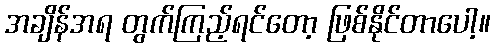
အချိန်အရ တွက်ကြည့်ရင်တော့ ဖြစ်နိုင်တာပေါ့။